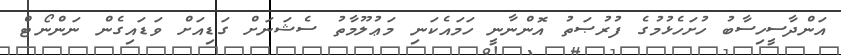
އަންދާސީހިސާބު ހުށަހެޅުމުގެ ފުރުޞަތު އޮންނާނީ ހަމައެކަނި މަޢުލޫމާތު ސެޝަނަށް ގަޑިއަށް ވަޑައިގެން ނަންނޯޓް